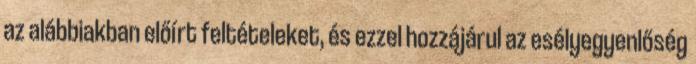
az alábbiakban előírt feltételeket, és ezzel hozzájárul az esélyegyenlőség